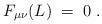
LaTeX: \begin{align*}F_{\mu\nu}(L) \;=\; 0\;.\end{align*}